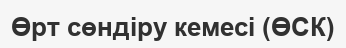
Өрт сөндіру кемесі (ӨСК)